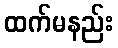
ထက်မနည်း